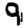
Digit: 9